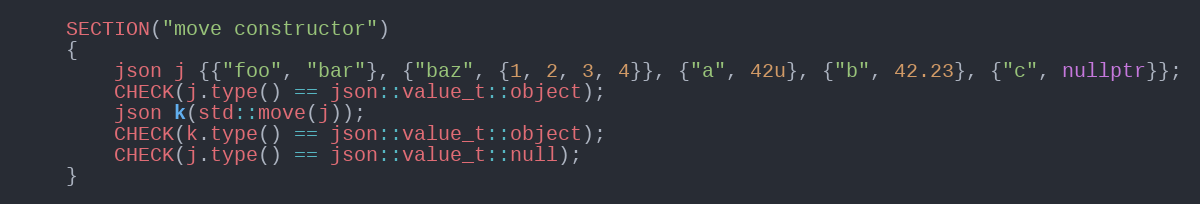
Language: C++
    SECTION("move constructor")
    {
        json j {{"foo", "bar"}, {"baz", {1, 2, 3, 4}}, {"a", 42u}, {"b", 42.23}, {"c", nullptr}};
        CHECK(j.type() == json::value_t::object);
        json k(std::move(j));
        CHECK(k.type() == json::value_t::object);
        CHECK(j.type() == json::value_t::null);
    }